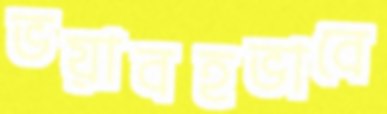
ভয়াবহভাবে